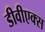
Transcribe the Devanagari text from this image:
डीवीएक्स